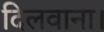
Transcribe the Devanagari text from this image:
दिलवाना।